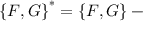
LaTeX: \left\{ { \cal F } , { \cal G } \right\} ^ { * } = \left\{ { \cal F } , { \cal G } \right\} -